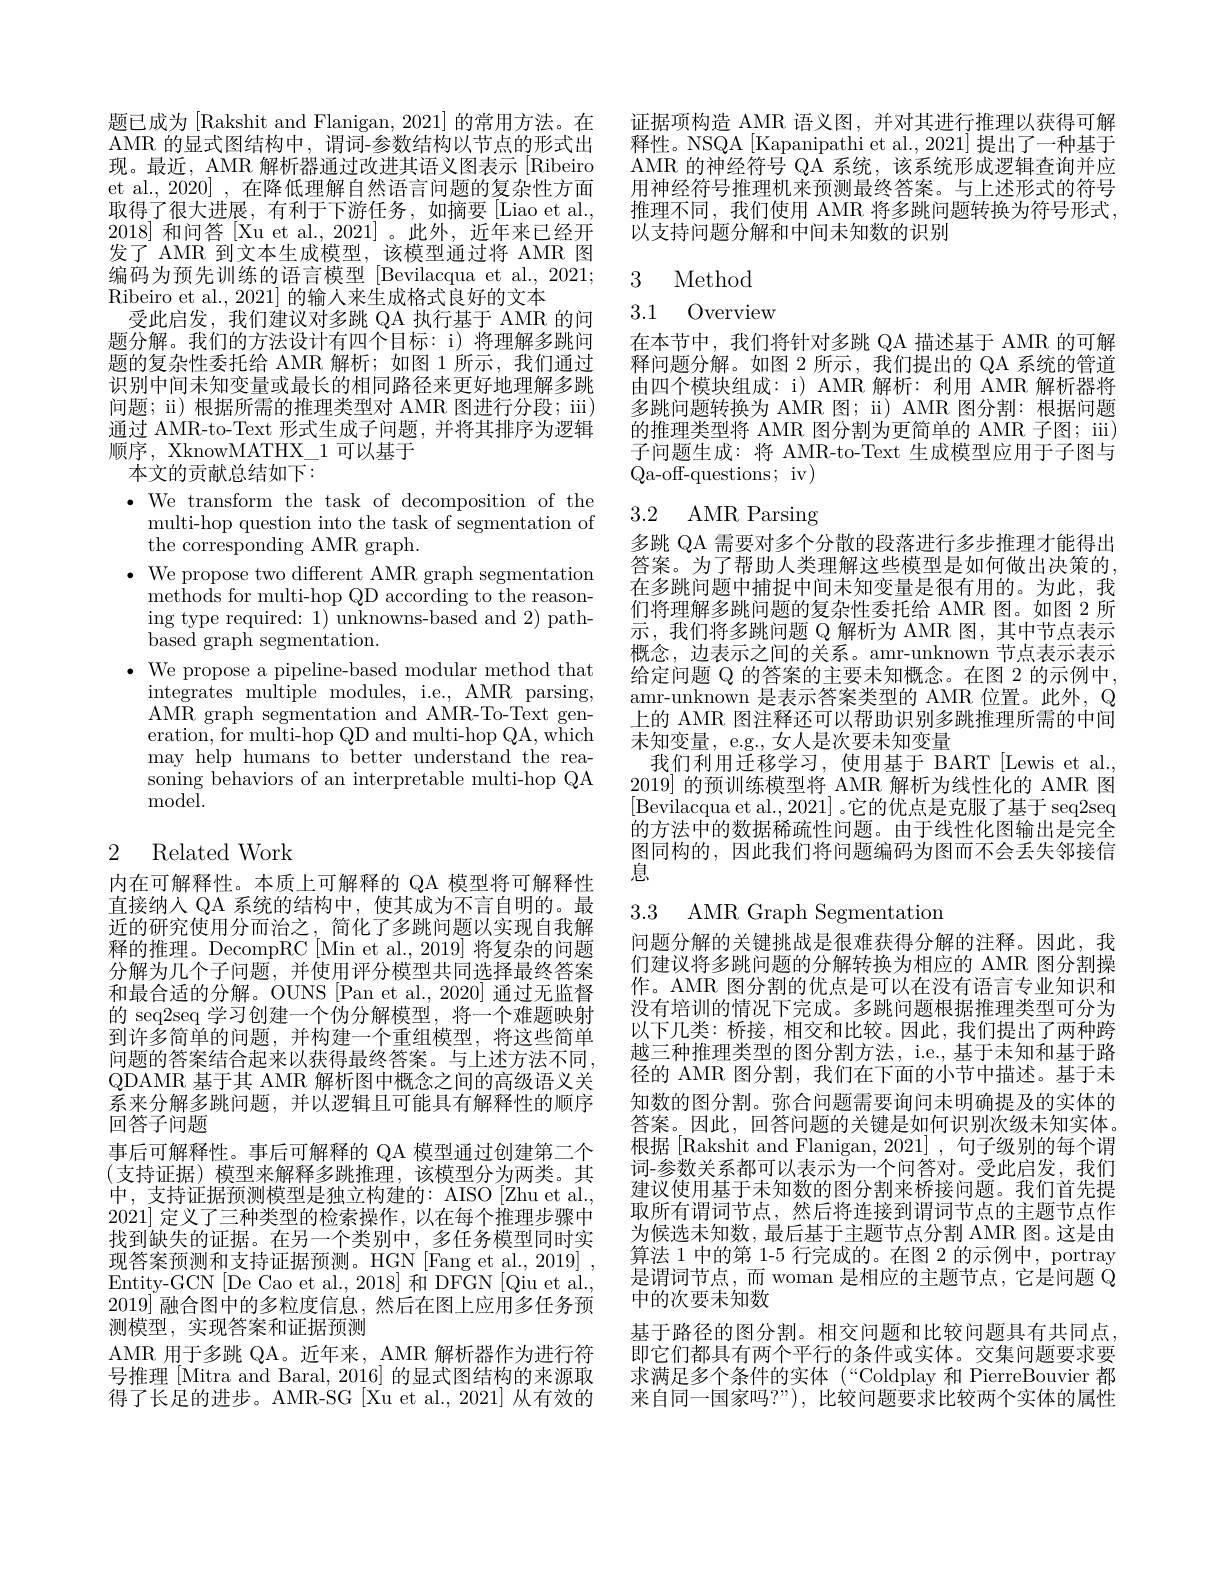
题已成为[Rakshit and Flanigan, 2021] 的常用方法。在AMR 的显式图结构中，谓词-参数结构以节点的形式出现。最近，AMR 解析器通过改进其语义图表示 [Ribeiro et al., 2020] , 在降低理解自然语言问题的复杂性方面取得了很大进展，有利于下游任务，如摘要[Liao et al., 2018]和问答[Xu et al., 2021]。此外，近年来已经开发了 AMR 到文本生成模型，该模型通过将 AMR 图编码为预先训练的语言模型 [Bevilacqua et al., 2021; Ribeiro et al., 2021] 的输人来生成格式良好的文本
受此启发，我们建议对多跳 QA 执行基于 AMR 的问题分解。我们的方法设计有四个目标：i) 将理解多跳问题的复杂性委托给 AMR 解析；如图 1 所示，我们通过识别中间未知变量或最长的相同路径来更好地理解多跳问题；ii) 根据所需的推理类型对 AMR 图进行分段；iii) 通过 AMR-to-Text 形式生成子问题，并将其排序为逻辑顺序，XknowMATHX\_1 可以基于

本文的贡献总结如下：

$\bullet$ We transform the task of decomposition of the
multi-hop question into the task of segmentation of
the corresponding AMR graph.
$\bullet$ We propose two different AMR graph segmentation
methods for multi-hop QD according to the reasoning type required: 1) unknowns-based and 2) pathbased graph segmentation.
$\bullet$ We propose a pipeline-based modular method that
integrates multiple modules, i.e., AMR parsing, AMR graph segmentation and AMR-To-Text generation, for multi-hop QD and multi-hop QA, which may help humans to better understand the reasoning behaviors of an interpretable multi-hop QA ${\mathrm{model}}.$

## 2 Related Work

内在可解释性。本质上可解释的 QA 模型将可解释性直接纳人 QA 系统的结构中，使其成为不言自明的。最近的研究使用分而治之，简化了多跳问题以实现自我解释的推理。DecompRC[Min et al.,2019] 将复杂的问题分解为几个子问题，并使用评分模型共同选择最终答案和最合适的分解。OUNS [Pan et al.,2020] 通过无监督的 seq2seq 学习创建一个伪分解模型，将一个难题映射到许多简单的问题，并构建一个重组模型，将这些简单问题的答案结合起来以获得最终答案。与上述方法不同， QDAMR 基于其 AMR 解析图中概念之间的高级语义关系来分解多跳问题，并以逻辑且可能具有解释性的顺序回答子问题
事后可解释性。事后可解释的 QA 模型通过创建第二个(支持证据)模型来解释多跳推理，该模型分为两类。其中，支持证据预测模型是独立构建的：AISO[Zhu et al., 2021]定义了三种类型的检索操作，以在每个推理步骤中找到缺失的证据。在另一个类别中，多任务模型同时实现答案预测和支持证据预测。HGN [Fang et al., 2019] . Entity-GCN [De Cao et al., 2018] 和 DFGN [Qiu et al. $2019]^{\circ}$融合图中的多粒度信息，然后在图上应用多任务预测模型，实现答案和证据预测
AMR 用于多跳 QA。近年来，AMR 解析器作为进行符号推理 [Mitra and Baral, 2016] 的显式图结构的来源取得了长足的进步。AMR-SG[Xu et al., 2021] 从有效的

证据项构造 AMR 语义图，并对其进行推理以获得可解释性。NSQA[Kapanipathi et al.,2021] 提出了一种基于AMR 的神经符号 QA 系统，该系统形成逻辑查询并应用神经符号推理机来预测最终答案。与上述形式的符号推理不同，我们使用 AMR 将多跳问题转换为符号形式， 以支持问题分解和中间未知数的识别

3 Method

3.1 Overview

在本节中，我们将针对多跳 QA 描述基于 AMR 的可解释问题分解。如图 2 所示，我们提出的 QA 系统的管道由四个模块组成：i) AMR 解析：利用 AMR 解析器将多跳问题转换为 AMR 图；ii) AMR 图分割：根据问题的推理类型将 AMR 图分割为更简单的 AMR 子图；iii) 子问题生成：将 AMR-to-Text 生成模型应用于子图与Qa-off-questions; iv)

## 3.2 AMR Parsing

多跳 QA 需要对多个分散的段落进行多步推理才能得出答案。为了帮助人类理解这些模型是如何做出决策的， 在多跳问题中捕捉中间未知变量是很有用的。为此，我们将理解多跳问题的复杂性委托给 AMR 图。如图 2 所示，我们将多跳问题 Q 解析为 AMR 图，其中节点表示概念，边表示之间的关系。amr-unknown 节点表示表示给定问题 Q 的答案的主要未知概念。在图 2 的示例中， amr-unknown 是表示答案类型的 AMR 位置。此外，Q 上的 AMR 图注释还可以帮助识别多跳推理所需的中间未知变量，e.g., 女人是次要未知变量
我们利用迁移学习，使用基于 BART[Lewis et al., 2019]的预训练模型将 AMR 解析为线性化的 AMR 图[Bevilacqua et al., 2021] 。它的优点是克服了基于 seq2seq 的方法中的数据稀疏性问题。由于线性化图输出是完全图同构的，因此我们将问题编码为图而不会丢失邻接信息

3.3 AMR Graph Segmentatiom

问题分解的关键挑战是很难获得分解的注释。因此，我们建议将多跳问题的分解转换为相应的 AMR 图分割操作。AMR 图分割的优点是可以在没有语言专业知识和没有培训的情况下完成。多跳问题根据推理类型可分为以下几类：桥接，相交和比较。因此，我们提出了两种跨越三种推理类型的图分割方法，i.e., 基于未知和基于路径的 AMR 图分割，我们在下面的小节中描述。基于未知数的图分割。弥合问题需要询问未明确提及的实体的答案。因此，回答问题的关键是如何识别次级未知实体。根据 [Rakshit and Flanigan, 2021] , 句子级别的每个谓词-参数关系都可以表示为一个问答对。受此启发，我们建议使用基于未知数的图分割来桥接问题。我们首先提取所有谓词节点，然后将连接到谓词节点的主题节点作为候选未知数，最后基于主题节点分割 AMR 图。这是由算法 1 中的第 1-5 行完成的。在图 2 的示例中，portray 是谓词节点，而 woman 是相应的主题节点，它是问题$\dot{\mathbb{Q}}$ 中的次要未知数
基于路径的图分割。相交问题和比较问题具有共同点即它们都具有两个平行的条件或实体。交集问题要求要求满足多个条件的实体(“Coldplay 和 PierreBouvier 都来自同一国家吗？”), 比较问题要求比较两个实体的属性